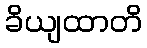
ခိယျထာတိ